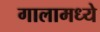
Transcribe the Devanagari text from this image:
गालामध्ये